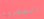
المجروح